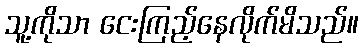
သူ့ကိုသာ ငေးကြည့်နေလိုက်မိသည်။